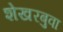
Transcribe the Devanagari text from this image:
शेखरबुवा